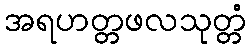
အရဟတ္တဖလသုတ္တံ